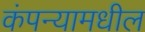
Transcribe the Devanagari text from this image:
कंपन्यामधील